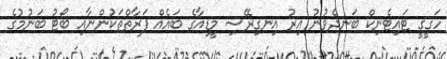
ހަގީގީ ޓައިޓެނިކް ބަނދެވުނު އިރު އިނގިރޭސި މީޑިއާގެ ބައެއް ފަރާތްތަކުންނާއި ބޯޓު ބަނުމުގެ